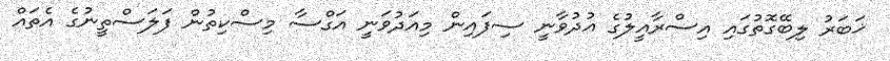
ޚަބަރު ލިބޭގޮތުގައި އިސްރާއީލުގެ އުދުވާނީ ސިފައިން މިއަދުވަނީ އަގްސާ މިސްކިތުން ފަލަސްތީނުގެ އެތައް